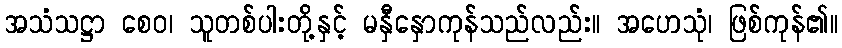
အသံသဋ္ဌာ စေဝ၊ သူတစ်ပါးတို့နှင့် မနှီနှောကုန်သည်လည်း။ အဟေသုံ၊ ဖြစ်ကုန်၏။